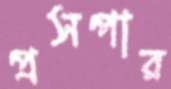
প্রসপার